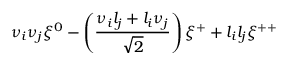
\nu _ { i } \nu _ { j } \xi ^ { 0 } - \left( { \frac { \nu _ { i } l _ { j } + l _ { i } \nu _ { j } } { \sqrt 2 } } \right) \xi ^ { + } + l _ { i } l _ { j } \xi ^ { + + }